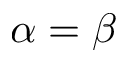
\alpha = \beta